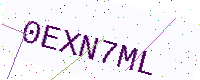
Text: 0EXN7ML